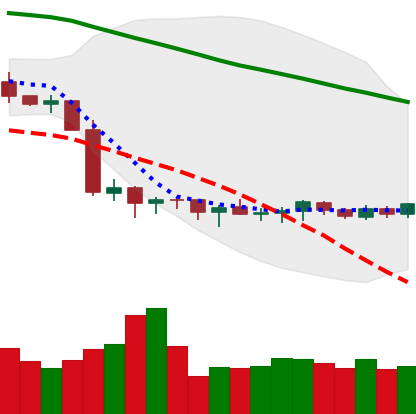
Ticker: XMR-USD
Chart end date: 2019-10-09
Forward return: -7.702%
Label: down_7plus